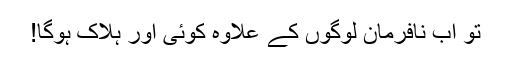
تو اب نافرمان لوگوں کے علاوہ کوئی اور ہلاک ہوگا!